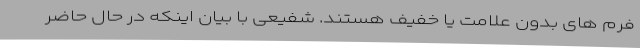
فرم های بدون علامت یا خفیف هستند. شفیعی با بیان اینکه در حال حاضر